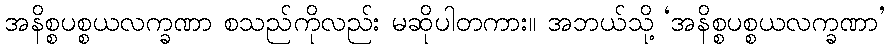
အနိစ္စပစ္စယလက္ခဏာ စသည်ကိုလည်း မဆိုပါတကား။ အဘယ်သို့ ‘အနိစ္စပစ္စယလက္ခဏာ’